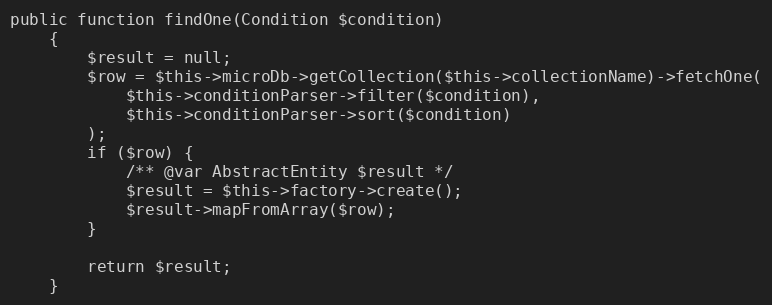
Language: PHP
public function findOne(Condition $condition)
    {
        $result = null;
        $row = $this->microDb->getCollection($this->collectionName)->fetchOne(
            $this->conditionParser->filter($condition),
            $this->conditionParser->sort($condition)
        );
        if ($row) {
            /** @var AbstractEntity $result */
            $result = $this->factory->create();
            $result->mapFromArray($row);
        }

        return $result;
    }